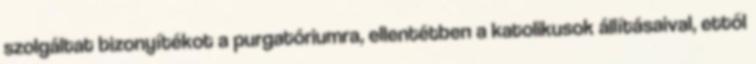
szolgáltat bizonyítékot a purgatóriumra, ellentétben a katolikusok állításaival, ettől